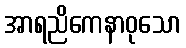
အာရညိကေနာဝုသော